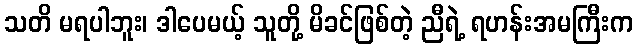
သတိ မရပါဘူး၊ ဒါပေမယ့် သူတို့ မိခင်ဖြစ်တဲ့ ညီရဲ့ ရဟန်းအမကြီးက